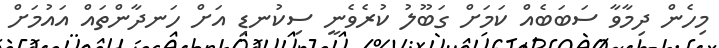
މިހެން ދިމާވާ ސަބަބެއް ކަމަށް ގަބޫލު ކުރެވެނީ ސިކުނޑި އަށް ހަނދާންތައް އައުމަށް